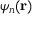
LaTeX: \psi _ { n } ( \mathbf { r } )